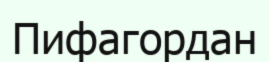
Пифагордан